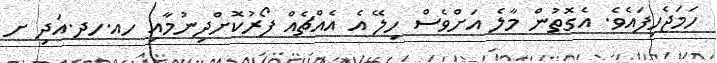
ހަމަޖެހިފައެވެ. އެގޮތުން މާލެ އަށްވެސް ހިލޭ އެ އެއްޗެއް ފޯރުކޮށްދިނުމާއި ހއ.ހދ.އަދި ށ